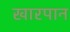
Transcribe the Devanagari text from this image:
खारपान